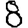
Digit: 8